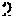
2